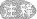
注释